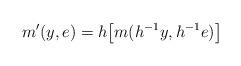
LaTeX: \begin{align*} m'(y,e) = h\big[m(h^{-1}y, h^{-1}e)\big]\end{align*}